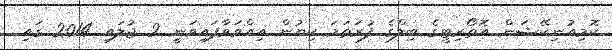
ކޮމިއުނިކޭޝަން އޮތޯރިޓީގެ ބިލްގެ ފުރަތަމަ ކިޔުން އިއްވަވާފައިވަނީ 2 ޖުލައި 2014 ގައި